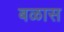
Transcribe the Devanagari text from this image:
बळास